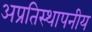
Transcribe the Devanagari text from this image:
अप्रतिस्थापनीय